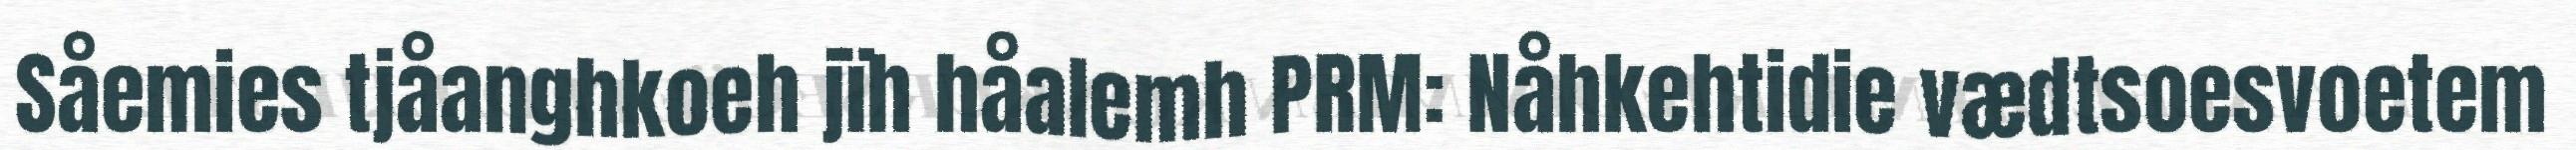
Såemies tjåanghkoeh jïh håalemh PRM: Nåhkehtidie vædtsoesvoetem